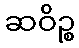
ဆဝိဉ္စ